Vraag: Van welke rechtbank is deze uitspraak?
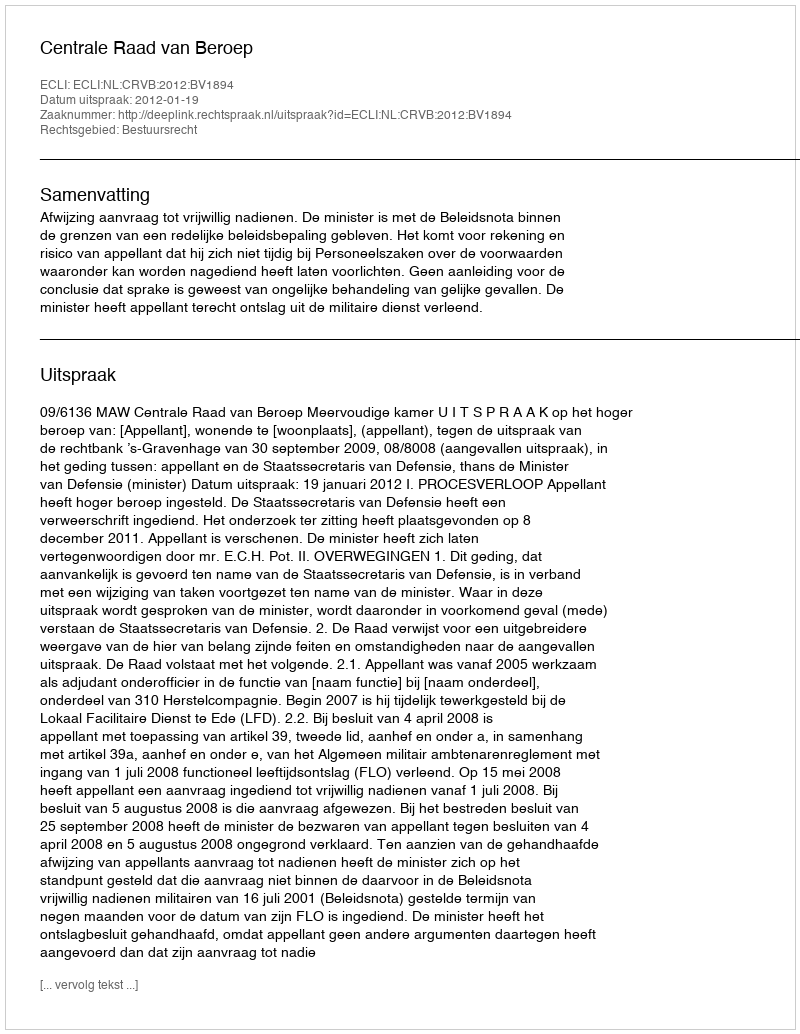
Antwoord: Centrale Raad van Beroep